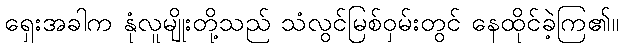
ရှေးအခါက နုံလူမျိုးတို့သည် သံလွင်မြစ်ဝှမ်းတွင် နေထိုင်ခဲ့ကြ၏။